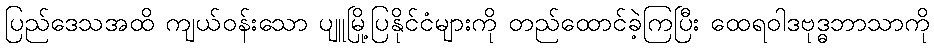
ပြည်ဒေသအထိ ကျယ်ဝန်းသော ပျူမြို့ပြနိုင်ငံများကို တည်ထောင်ခဲ့ကြပြီး ထေရဝါဒဗုဒ္ဓဘာသာကို